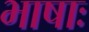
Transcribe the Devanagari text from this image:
भाषाः